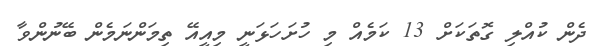
ދެން ކުއްލި ގޮތަކަށް 13 ކަމެއް މި ހުށަހަޅަނީ މިއީއޭ ތިމަންނަމެން ބޭނުންވާ